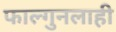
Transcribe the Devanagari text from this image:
फाल्गुनलाही